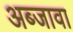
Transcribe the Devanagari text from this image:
अब्जावा